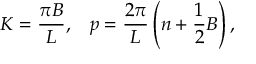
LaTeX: K = \frac { \pi B } { L } , \; \; \; p = \frac { 2 \pi } { L } \left( n + \frac 1 2 B \right) ,